Annual report on the health of the army in India
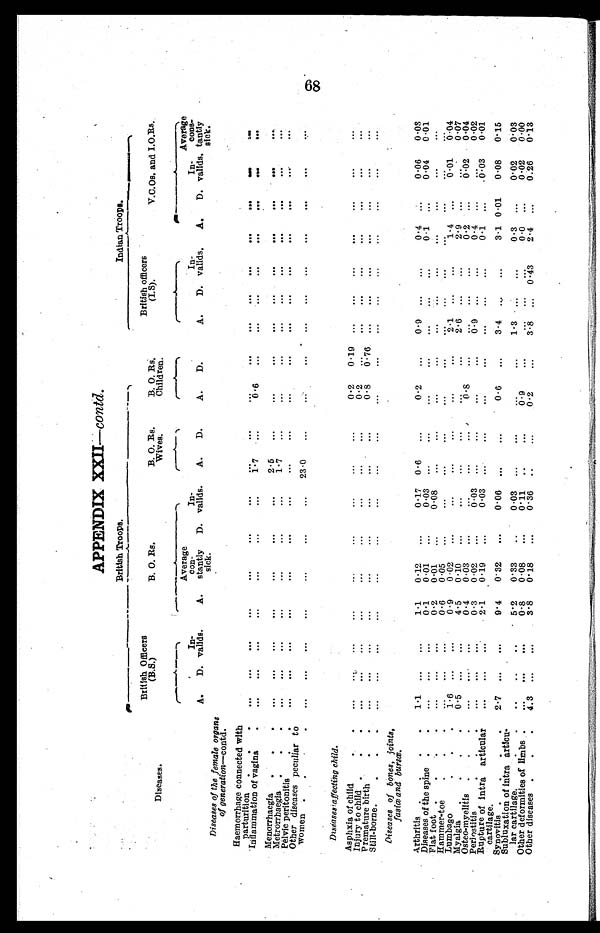
APPENDIX XXIL-contd
.
British Troops.
Indian Troops
Diseases.
British Officers
(B.S.)
B. O. Rs.
B. O. Rs.
Wives.
B. O. Rs.
Children.
officers
British of
(LS).
V.O.Os. and I.O.Rs.
A.
D.
Invalid.
A.
Average
con
stantly
sick.
D.
In
valids.
A.
D.
A.
D.
A.
D.
Invalid.
A.
D.
Invalid,
Average
c o n st
a n t l y
sick.
Diseases of the female organs
of generation-contd.
Haemorrhage connected wit
parturition
... ...
... ... ...
...
1.7
... ... ...
...
,,,
...
...
... ... ...
Inflammation of vagina
... ... ...
...
...
...
...
... ...
0 . 6
... ... ... ... ... ... ...
Menorrhaegia
...
...
...
...
2.5
...
...
...
...
...
...
... ... ... ...
Metrorrhaegia
...
... ...
..... ... ... ...
1 . 7
...
...
...
... ... ...
...
... ... ...
Pelvic peritonitis
... ... ... ... ... ... ...
. . . .
. . .
. .
... ... ... ... ... ... ... ...
Other diseases peculiar to
women
... ... ... ... ... ... ...
23.0
...
... ... ... ... ...
...
... ... ...
Diseases affecting child.
Asphxia of chid
... ... ... ... ... ... ... ... ...
0.2
0.19
...
...
... ... ... ... ...
Injury to child.
... ... ... ... ... ... ... ... ...
0.2
... ... ...
...
...
... ... ...
Premature birth
... ... ... ... ... ... ... ... ...
0.8
...
.....
. . .
. .
... ... ... ... ...
Still-borne
... ... ... ... ... ... ... ... ...
... ... ... ... ... ... ... ... ...
Diseases of bones, joints,
fasico and bursœ.
Arthritis
1.1
... ...
1.1
1.12
...
0.17 0 . 6
...
0.2
...
0. 9
. . .
. . .
0 . 4
. . .
0.06
0.08
Diseases of the spine
...
... ...
0.1
0.01
...
0.03
...
...
...
... ...
. . .
. . .
0 . 1
. . .
0 . 0 4
. . . 0 . 0 1
Flat foot.
... ... ...
0.2
1 . 10
...
0.08
. . .
....
. . .
... ...
. . .
. . .
. . .
. . .
. . . . .
. . .
Hammer-toe
... ... ...
0.6
0 .05
...
. . . . .
. . .
...
. . .
...
2..0
. . .
...
. . .
. . .
...
. . .
Lumbago
1.6
...
...
0.9
0.02
. . . . .
. . .
. . .
...
. . .
...
2.6
. . .
. .
1 . 4 ...
0 . 0 1
0 .04
Myalgia
0..5
... ...
4.5
0 .10
... ...
. . .
. . .
....
0.8
... ...
. . .
. . .
2 . 9 ...
.....
0.07
Osteomyelitis
... ... ...
0.4
0.03
...
. . .
. . .
...
. . . . .
. . . . .
0.9
. . .
. . .
0 . 2 ...
. . .
0.04
Peril otitis
... ... ...
0.3 0.02
...
0.03
...
. . . . .
...
...
.....
. . .
. . .
0 . 4 ...
...
0 . 2
Rupture of infra articular
cartilage
... ... ...
2.1
0.19
...
0.03
. . .
...
...
...
...
. . .
. .
0 . 1
. . .
0.03
0.15
Synovitis
2.7
...
...
9.4
0.32
...
0.06
...
.....
0.6
...
3.4
. . .
. . .
3 . 1
0 . 0 1 0.08
0 . 0 3
Subluxation of intra
aorticlar cartilage.
.. ... ...
5.2
0 . 3 3
...
0.03
...
...
. . .
...
1.3
...
. . .
0 . 3 ...
0.02
0.00
Other deformities of limbs .
H.
... ... ...
0.8
0108
...
011
..
. . . . .
0 . 9
.....
...
. . .
. . .
0 . 0
. . .
0 .02
0 . 0 0
Other diseases
4. 3
... ...
3.8 0.18
...
0.36
. . .
...
0.2
...
3.8
. . .
0 . 4 3
2 . 4
. . .
0.26
0 . 1 3
68